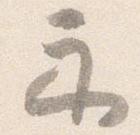
示